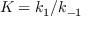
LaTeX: K = k _ { 1 } / k _ { - 1 }